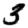
Digit: 3